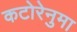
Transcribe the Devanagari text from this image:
कटोरेनुमा